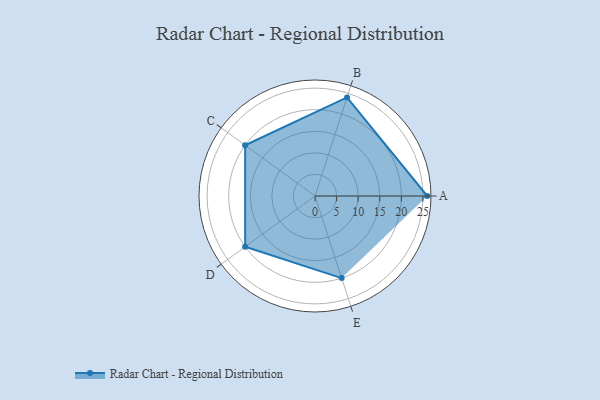
{"axis": {"x": "Skill", "y": "Score"}, "legend": ["Profile"], "data": [{"x": "A", "y": 26.0, "type": "Profile"}, {"x": "B", "y": 24.0, "type": "Profile"}, {"x": "C", "y": 20.0, "type": "Profile"}, {"x": "D", "y": 20, "type": "Profile"}, {"x": "E", "y": 20, "type": "Profile"}]}